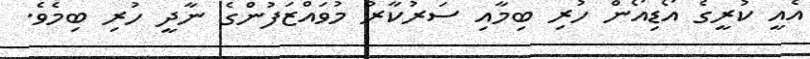
އެއީ ކުރީގެ އޯޑިއޯން ހުރި ބިމާއި ސަރުކާރު މުވައްޒަފުންގެ ނާދީ ހުރި ބިމެވެ.